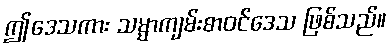
ဤဒေသကား သမ္မာကျမ်းစာဝင်ဒေသ ဖြစ်သည်။